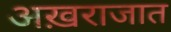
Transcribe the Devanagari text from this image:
अख़राजात